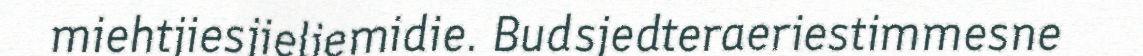
miehtjiesjieliemidie. Budsjedteraeriestimmesne